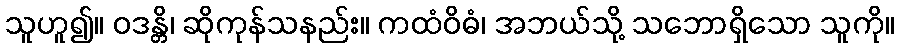
သူဟူ၍။ ဝဒန္တိ၊ ဆိုကုန်သနည်း။ ကထံဝိဓံ၊ အဘယ်သို့ သဘောရှိသော သူကို။